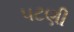
પટણી